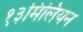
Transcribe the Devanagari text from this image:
१३मिलियन